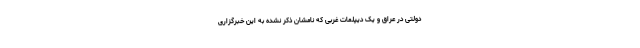
دولتی در عراق و یک دیپلمات غربی که نامشان ذکر نشده به این خبرگزاری